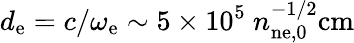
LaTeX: d_{\mathrm{e}}=c/\omega_{\mathrm{e}}\sim 5\times 10^{5}~n_{\mathrm{n{e,}0}}^{-1/2}\mathrm{cm}